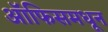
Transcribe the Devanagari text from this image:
ऑफिसमधून